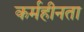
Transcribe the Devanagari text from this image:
कर्महीनता